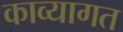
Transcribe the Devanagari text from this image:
काव्यागत